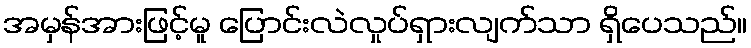
အမှန်အားဖြင့်မူ ပြောင်းလဲလှုပ်ရှားလျက်သာ ရှိပေသည်။